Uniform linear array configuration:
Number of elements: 64
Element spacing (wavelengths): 0.75
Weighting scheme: exponential
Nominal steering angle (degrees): -30
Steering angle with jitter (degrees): -30.74
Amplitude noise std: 0.05
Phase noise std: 0.05

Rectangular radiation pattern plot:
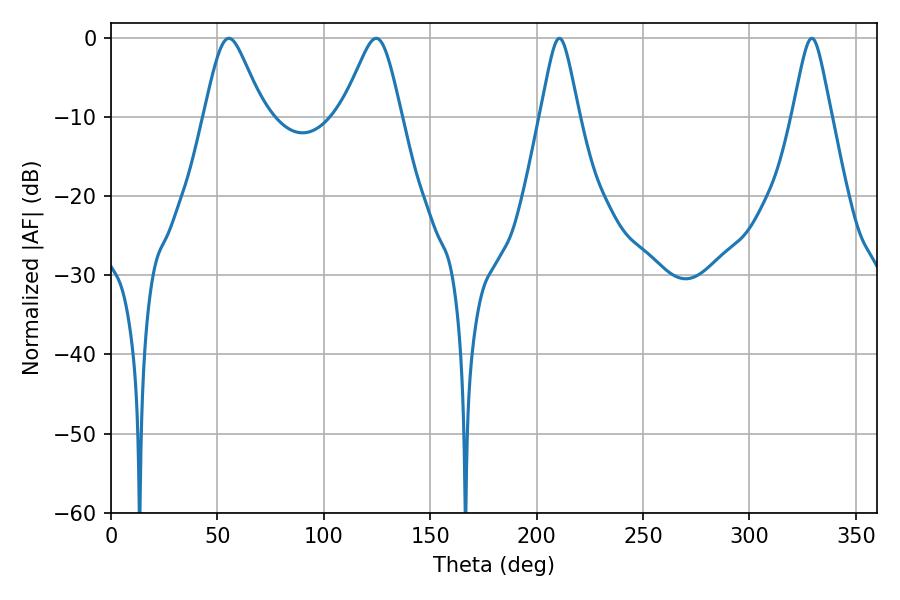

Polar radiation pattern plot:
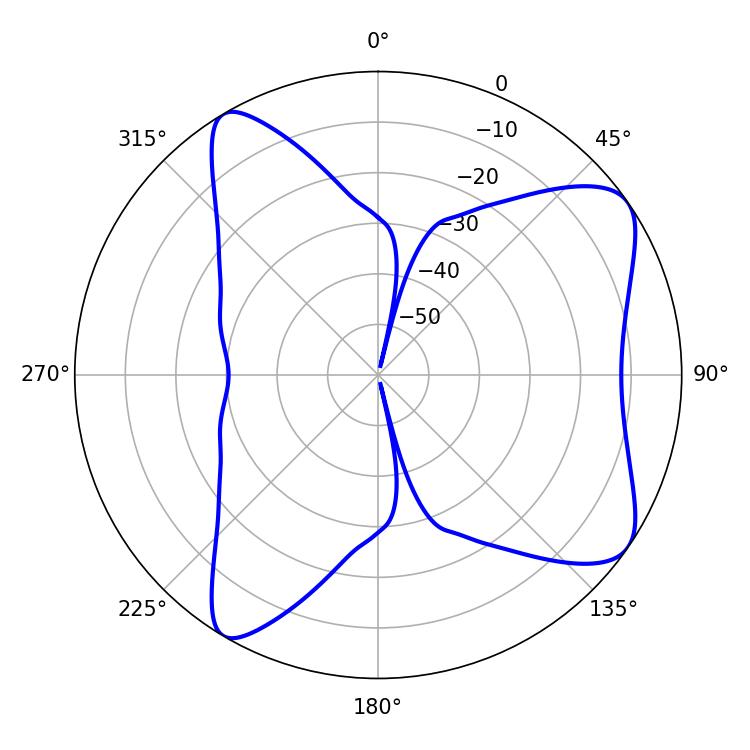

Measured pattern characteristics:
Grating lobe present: TRUE
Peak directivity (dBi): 8.052
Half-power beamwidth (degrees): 13.5
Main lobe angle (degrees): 55.44